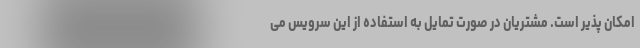
امکان پذیر است. مشتریان در صورت تمایل به استفاده از این سرویس می